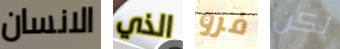
الانسان الذي فرو لكن